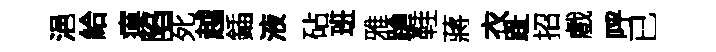
浥給瘼陷死越鍤液砧班雅蹌鞋蔣衣趾招戲呼已